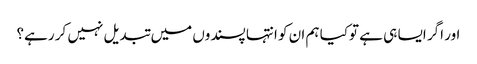
اور اگر ایسا ہی ہے توکیا ہم ان کو انتہا پسندوں میں تبدیل نہیں کر رہے؟